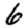
Digit: 6